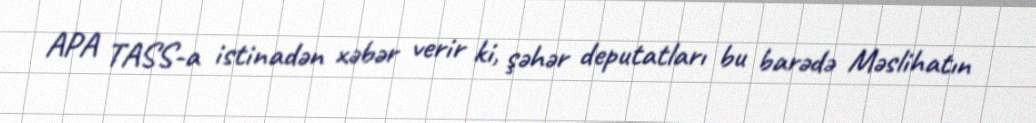
APA TASS-a istinadən xəbər verir ki, şəhər deputatları bu barədə Məslihatın